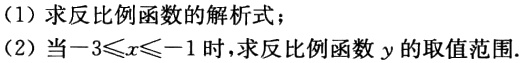
（1）求反比例函数的解析式；
（2）当\(-3\leqslant x\leqslant -1\)时，求反比例函数\(y\)的取值范围.